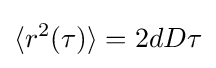
\langle r^{2}(\tau )\rangle =2dD\tau